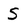
Character: S